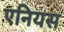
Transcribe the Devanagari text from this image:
एनियस